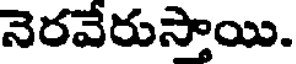
నెరవేరుస్తాయి.